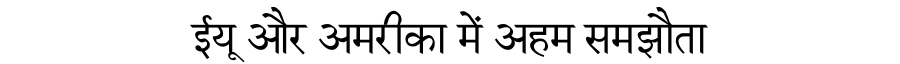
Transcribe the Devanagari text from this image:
ईयू और अमरीका में अहम समझौता